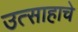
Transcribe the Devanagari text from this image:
उत्साहाचे